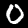
Label: 0